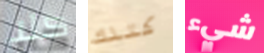
كلا كتلك شيء